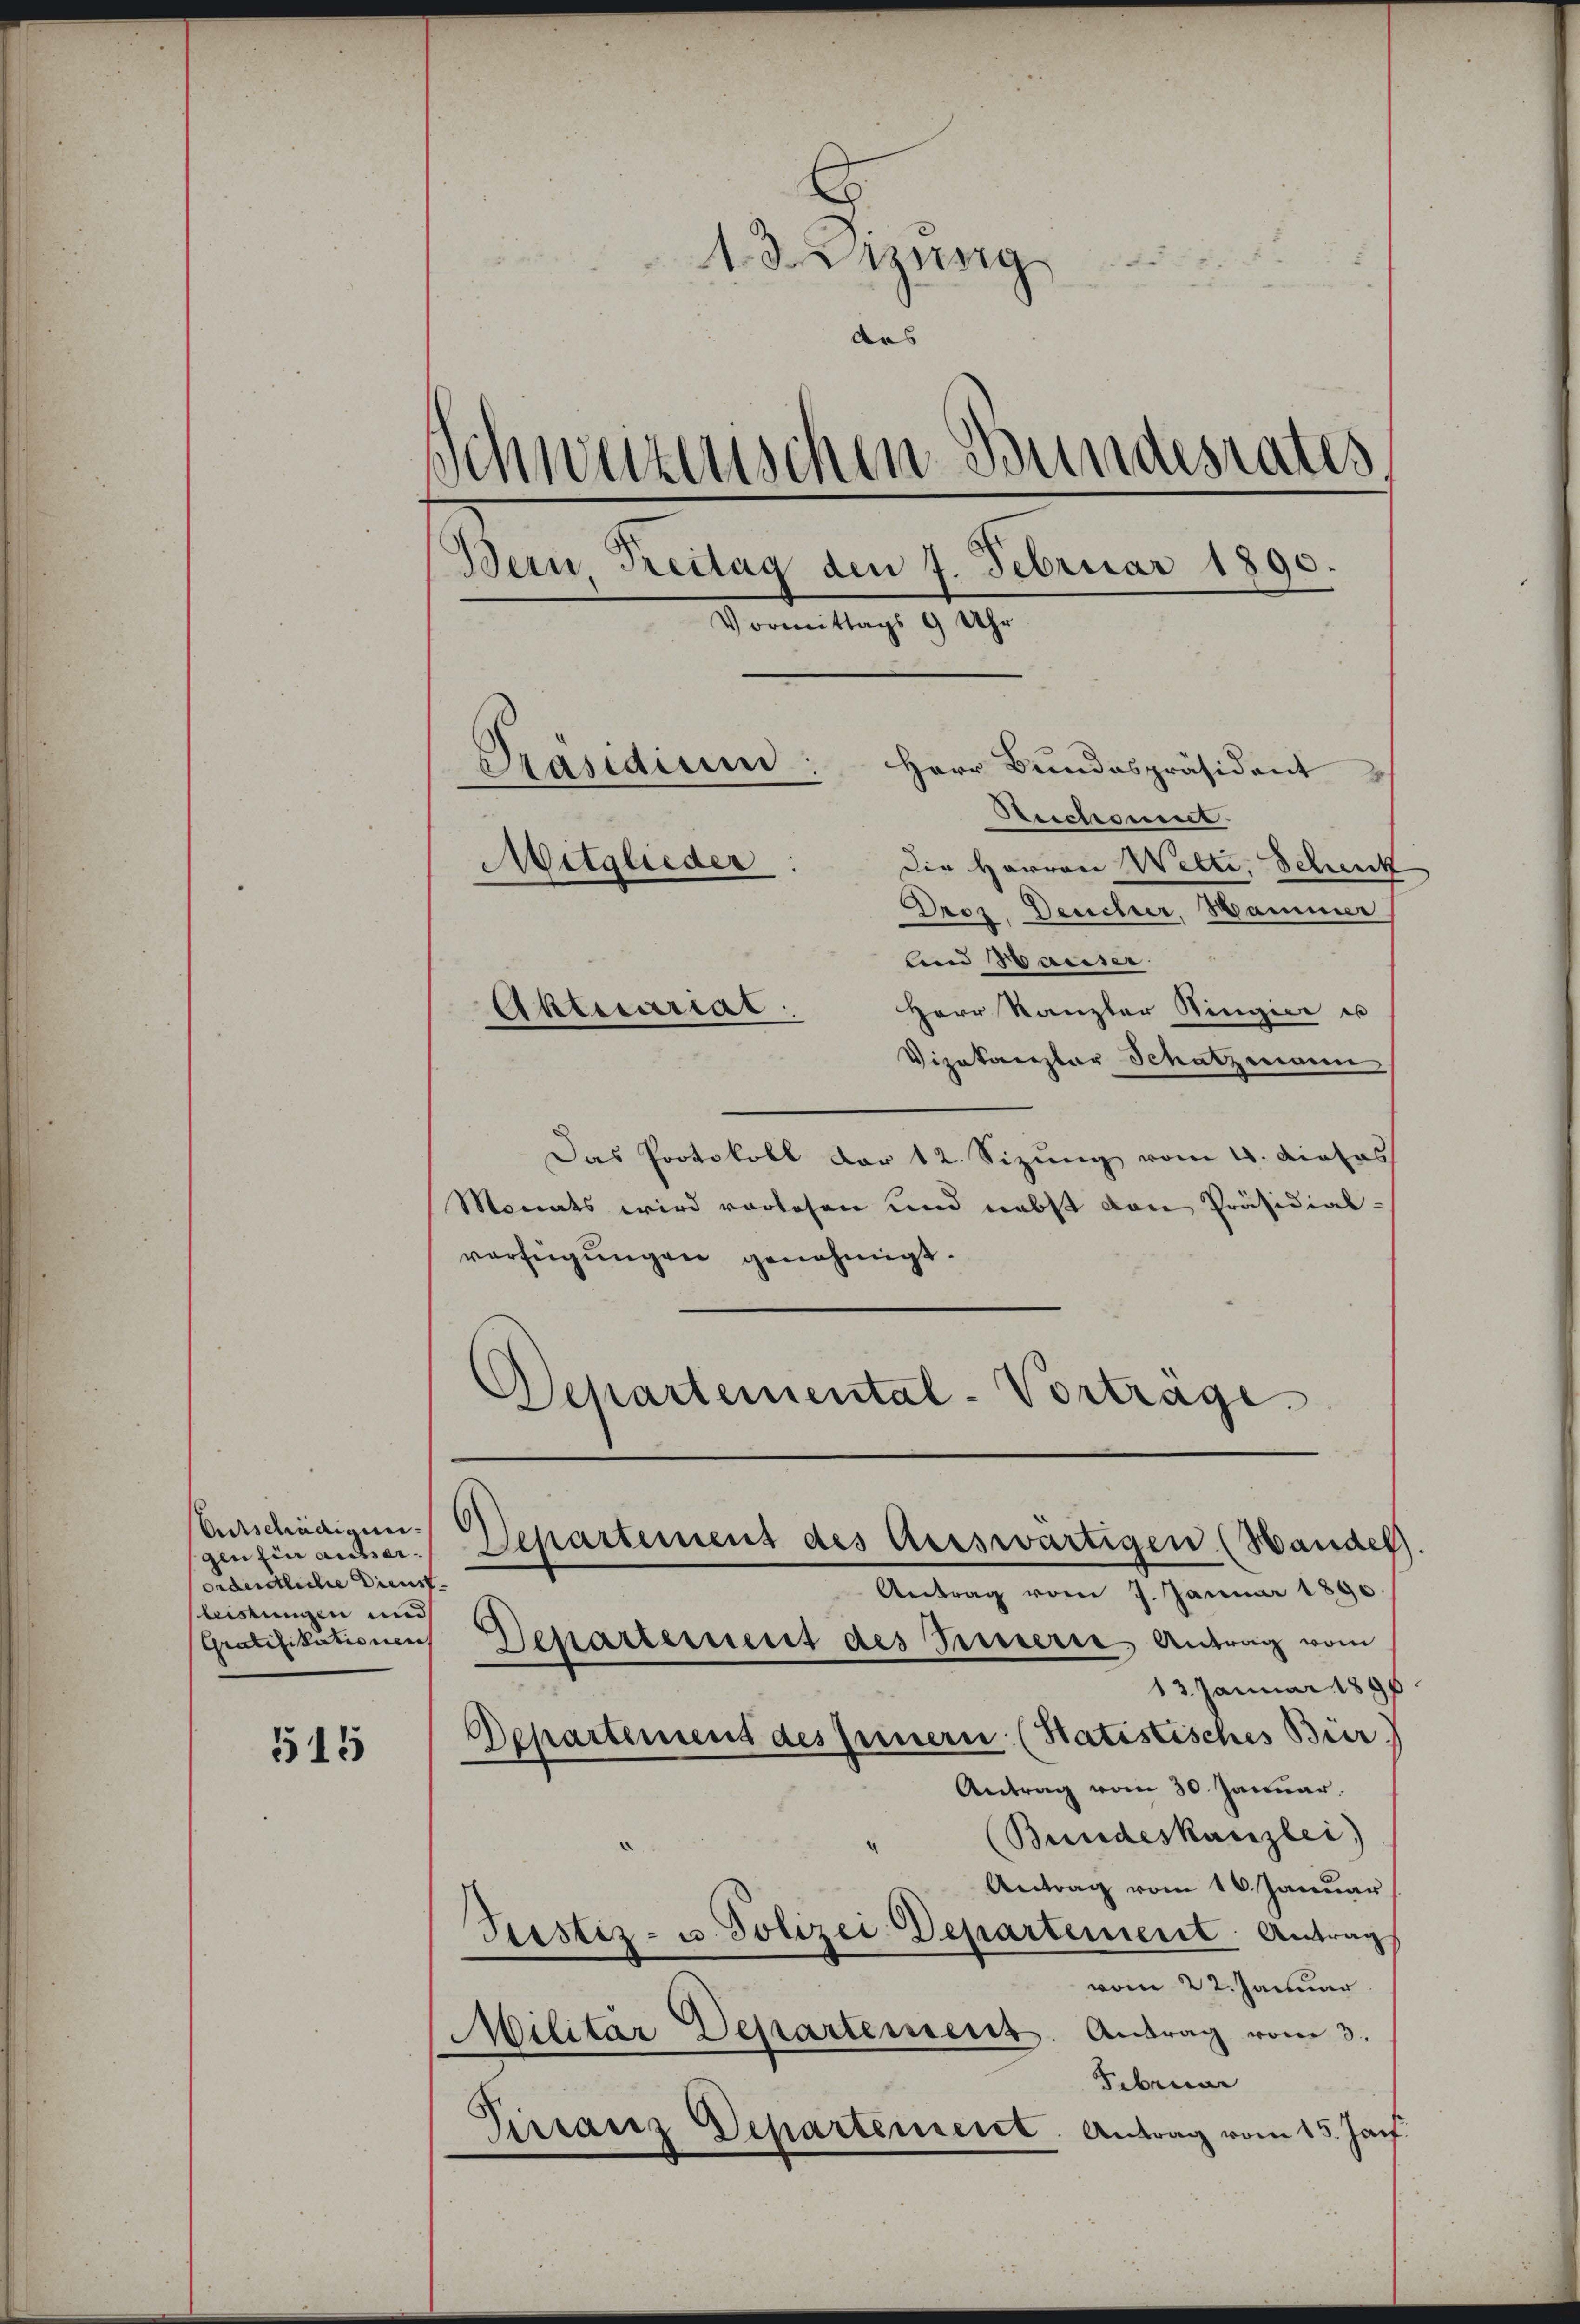
Entschädigung
gen ein ausserordentliche Dienst
bistungen und
515

13 Dizung
Schweizerischen Bundesrates
Bern Treitag den 4. Februar 1890.
Monntag. 9. 1890.
Präsidium: Herr Bundespräsident
Seichneit.
Mitglieder:
Die Herren Wette, Schenk
Droz, Deucher, Hammer
lind Hauser
Herr Kanzler Ringier u
Aktuariat

Vizakamplar Schatzmann
Das Protokoll der 12. Sizung vom 4. dieses
Monats wird vorlesen und nebst den Präsidial-
verfügŭngen genehmigt.
Departemental-Vortrage

Departement des Auswärtigen (Handel.

Gratifikationen Departement des Innere Antrag vom

das

Antrag vom 7. Januar 1890.
13. Januar 1896
Departement des Innern: (Statistisches Bür
Antrag vom 30. Januar.
(Bundeskanzlei)
Antrag vom 16. Januar
Justiz- u. Polizei-Departement. Antrag
vom 22. Januar
Militär Departement. Antrag vom 3.
Februar
Sirranz Departement. Antrag vom 15. Jan.